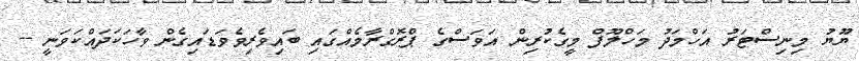
ޔޫޔު މިނިސްޓަރު އަހްމަދު މަހްލޫފް މީގެކުރިން އަވަސްގެ ޕްރޮގްރާމެއްގައި ބައިވެރިވެވަޑައިގެން ވާހަކަދައްކަވަނީ --